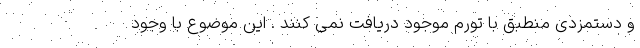
و دستمزدی منطبق با تورم موجود دریافت نمی کنند . این موضوع با وجود